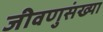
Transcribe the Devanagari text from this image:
जीवणुसंख्या